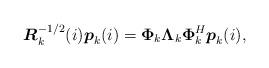
LaTeX: \begin{align*}\boldsymbol R_k^{-1/2}(i)\boldsymbol p_k(i)=\boldsymbol\Phi_k\boldsymbol\Lambda_k\boldsymbol\Phi_k^H\boldsymbol p_k(i),\end{align*}